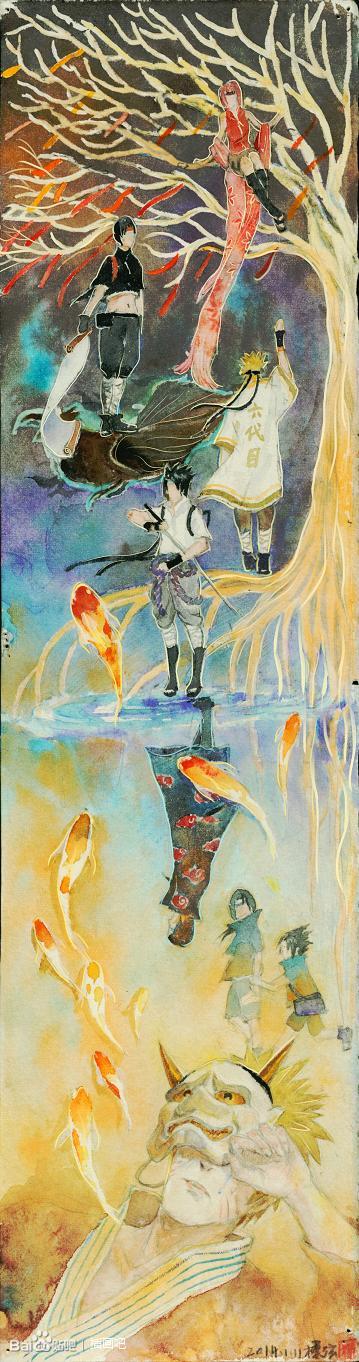
分明一觉华胥梦，回首东风泪满衣。